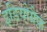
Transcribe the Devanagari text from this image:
इडियोग्रैफ़